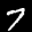
Label: 7